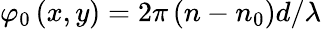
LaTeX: \varphi_{0}\left(x,y\right)=2\pi\left(n-n_{0}\right)d/\lambda